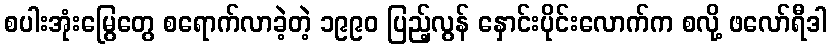
စပါးအုံးမြွေတွေ စရောက်လာခဲ့တဲ့ ၁၉၉၀ ပြည့်လွန် နှောင်းပိုင်းလောက်က စလို့ ဖလော်ရီဒါ